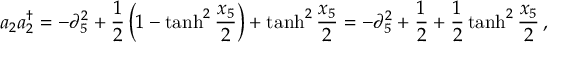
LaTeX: a _ { 2 } a _ { 2 } ^ { \dagger } = - \partial _ { 5 } ^ { 2 } + { \frac { 1 } { 2 } } \left( 1 - \operatorname { t a n h } ^ { 2 } { \frac { x _ { 5 } } { 2 } } \right) + \operatorname { t a n h } ^ { 2 } { \frac { x _ { 5 } } { 2 } } = - \partial _ { 5 } ^ { 2 } + { \frac { 1 } { 2 } } + { \frac { 1 } { 2 } } \operatorname { t a n h } ^ { 2 } { \frac { x _ { 5 } } { 2 } } \, ,